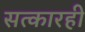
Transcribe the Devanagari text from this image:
सत्कारही